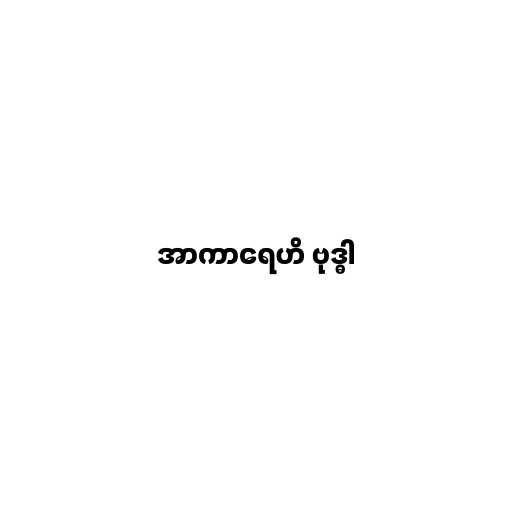
အာကာရေဟိ ဗုဒ္ဓါ